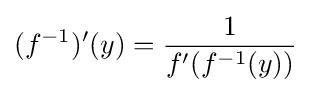
(f^{-1})'(y)={1 \over f'(f^{-1}(y))}